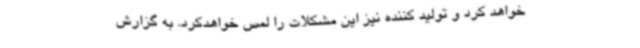
خواهد کرد و تولید کننده نیز این مشکلات را لمس خواهدکرد. به گزارش